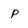
Character: P